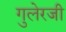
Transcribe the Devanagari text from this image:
गुलेरजी